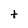
Character: t